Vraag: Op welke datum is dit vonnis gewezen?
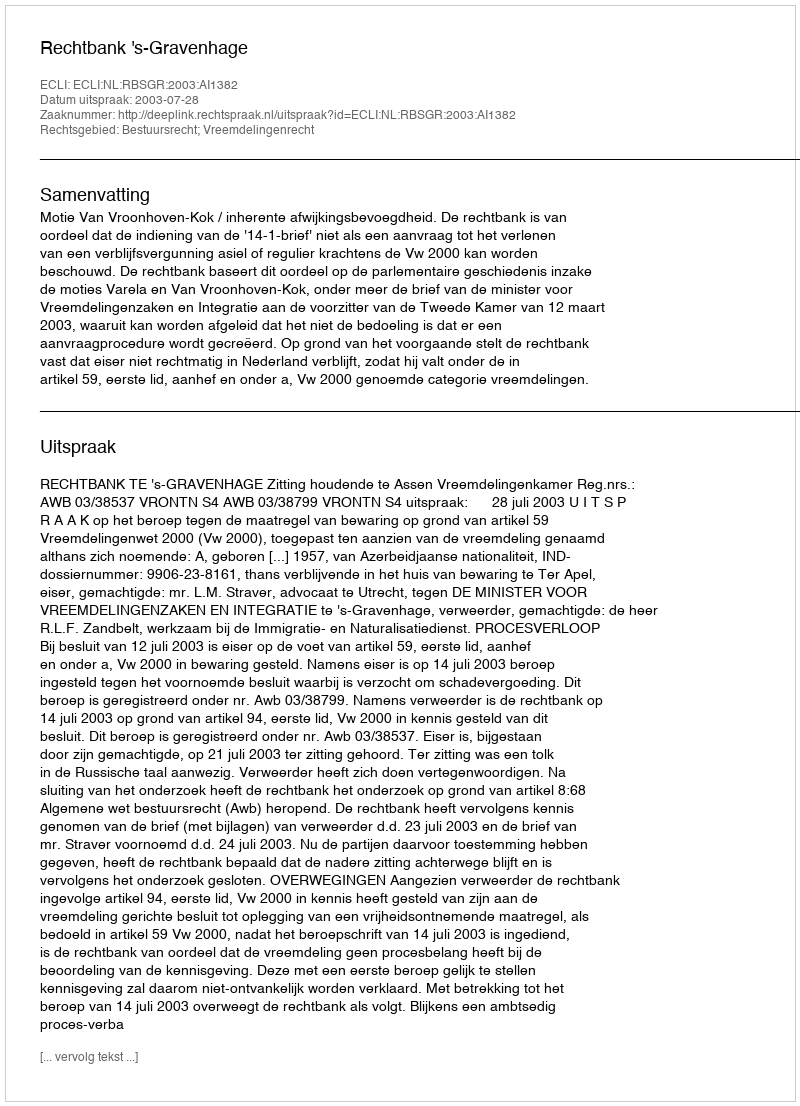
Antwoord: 2003-07-28